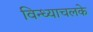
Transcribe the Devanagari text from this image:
विन्ध्याचलके